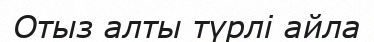
Отыз алты түрлі айла